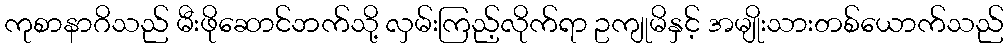
ကုစာနာဂိသည် မီးဖိုဆောင်ဘက်သို့ လှမ်းကြည့်လိုက်ရာ ဥကျုမိနှင့် အမျိုးသားတစ်ယောက်သည်